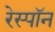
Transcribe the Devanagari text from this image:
रेस्पॉन